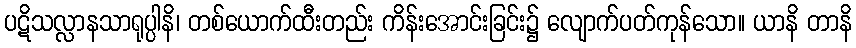
ပဋိသလ္လာနသာရုပ္ပါနိ၊ တစ်ယောက်ထီးတည်း ကိန်းအောင်းခြင်း၌ လျောက်ပတ်ကုန်သော။ ယာနိ တာနိ